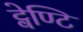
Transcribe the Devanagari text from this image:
ट्वेण्टि